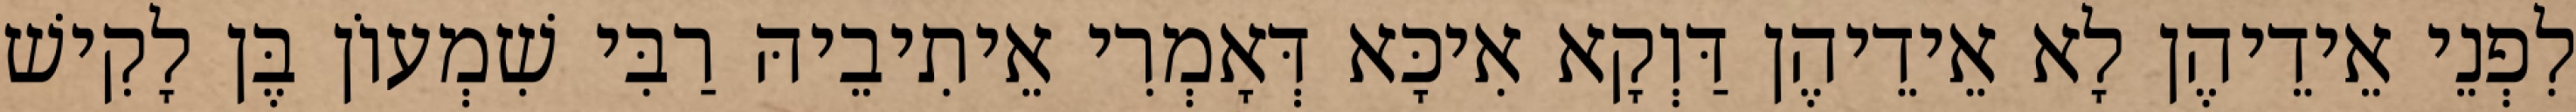
לִפְנֵי אֵידֵיהֶן לָא אֵידֵיהֶן דַּוְקָא אִיכָּא דְּאָמְרִי אֵיתִיבֵיהּ רַבִּי שִׁמְעוֹן בֶּן לָקִישׁ